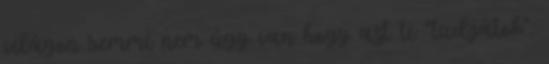
világon semmi nem úgy van hogy azt ti "tudjátok".